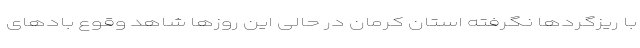
با ریزگردها نگرفته استان کرمان در حالی این روزها شاهد وقوع بادهای